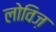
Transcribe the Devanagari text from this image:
लोविज़